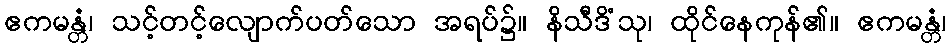
ဧကမန္တံ၊ သင့်တင့်လျောက်ပတ်သော အရပ်၌။ နိသီဒိံသု၊ ထိုင်နေကုန်၏။ ဧကမန္တံ၊